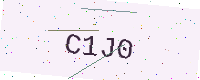
Text: C1J0